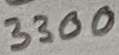
Text: 3300